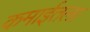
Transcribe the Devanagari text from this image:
कमाईतला